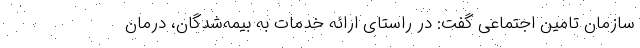
سازمان تامین اجتماعی گفت: در راستای ارائه خدمات به بیمه‌شدگان، درمان